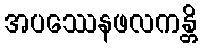
အပဿေနဖလကန္တိ